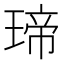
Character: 𤧛